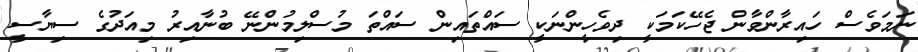
ނަމަވެސް ހައިރާންވާން ޖެހޭކަމަކީ ދިވެހީންނަކީ ސައްތައިން ސައްތަ މުސްލިމުންނޭ ބުނާއިރު މިއަދުގެ ސިޔާސީ